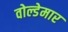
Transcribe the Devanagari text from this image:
वोल्डेमार